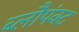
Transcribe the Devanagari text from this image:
ब्लौपंक्ट